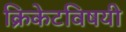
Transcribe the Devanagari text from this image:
क्रिकेटविषयी